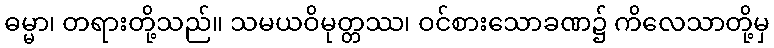
ဓမ္မာ၊ တရားတို့သည်။ သမယဝိမုတ္တဿ၊ ဝင်စားသောခဏ၌ ကိလေသာတို့မှ